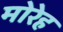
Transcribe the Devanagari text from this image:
मोरेह